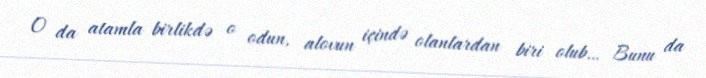
O da atamla birlikdə o odun, alovun içində olanlardan biri olub… Bunu da